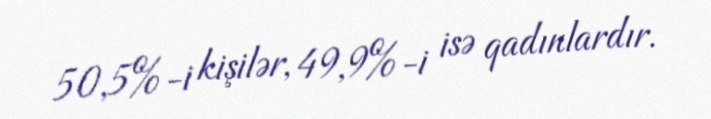
50,5%-i kişilər, 49,9%-i isə qadınlardır.